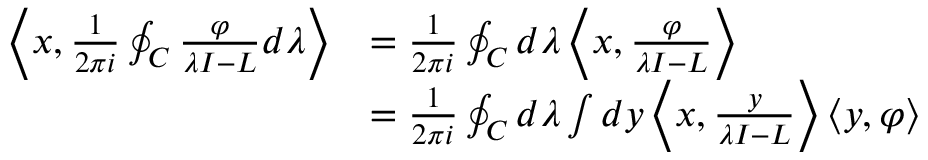
{ \begin{array} { r l } { \left\langle x , { \frac { 1 } { 2 \pi i } } \oint _ { C } { \frac { \varphi } { \lambda I - L } } d \lambda \right\rangle } & { = { \frac { 1 } { 2 \pi i } } \oint _ { C } d \lambda \left\langle x , { \frac { \varphi } { \lambda I - L } } \right\rangle } \\ & { = { \frac { 1 } { 2 \pi i } } \oint _ { C } d \lambda \int d y \left\langle x , { \frac { y } { \lambda I - L } } \right\rangle \langle y , \varphi \rangle } \end{array} }